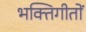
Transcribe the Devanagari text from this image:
भक्तिगीतों